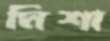
মিশা